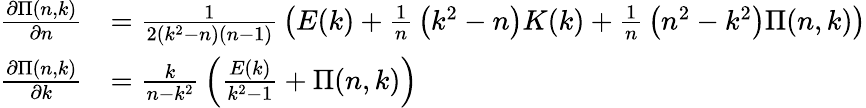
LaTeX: {\begin{array}{rl}{{\frac{\partial\Pi(n,k)}{\partial n}}}&{={\frac{1}{2\left(k^{2}-n\right)(n-1)}}\left(E(k)+{\frac{1}{n}}\left(k^{2}-n\right)K(k)+{\frac{1}{n}}\left(n^{2}-k^{2}\right)\Pi(n,k)\right)}\\ {{\frac{\partial\Pi(n,k)}{\partial k}}}&{={\frac{k}{n-k^{2}}}\left({\frac{E(k)}{k^{2}-1}}+\Pi(n,k)\right)}\end{array}}